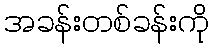
အခန်းတစ်ခန်းကို